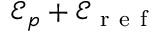
\mathcal { E } _ { p } + \mathcal { E } _ { \mathrm { ~ r ~ e ~ f ~ } }